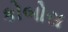
કોબોસ